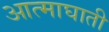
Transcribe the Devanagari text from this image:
आत्माघाती